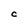
Character: C